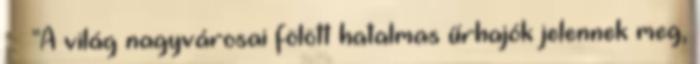
. "A világ nagyvárosai fölött hatalmas űrhajók jelennek meg,